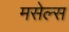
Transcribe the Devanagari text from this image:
मसेल्स